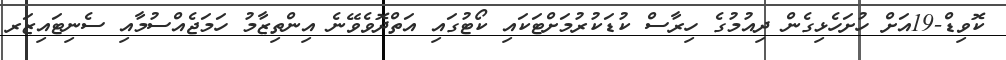
ކޮވިޑް-19އަށް ހުށަހެޅިގެން ދިއުމުގެ ހިރާސް ކުޑަކުރުމަށްޓަކައި ކޯޓުގައި އަތްދޮވެވޭނެ އިންތިޒާމު ހަމަޖެއްސުމާއި ސެނިޓައިޒަރ